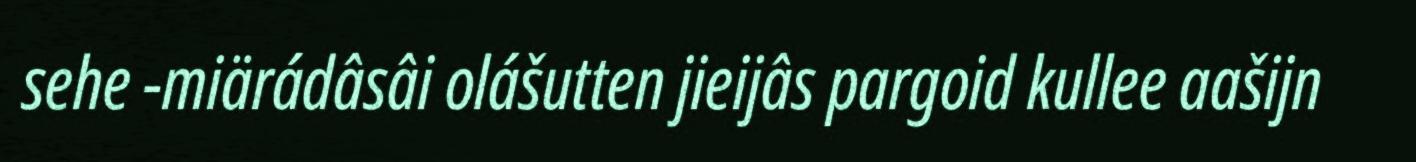
sehe -miärádâsâi olášutten jieijâs pargoid kullee aašijn